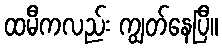
ထမီကလည်း ကျွတ်နေပြီ။